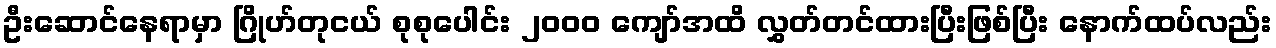
ဦးဆောင်နေရာမှာ ဂြိုဟ်တုငယ် စုစုပေါင်း ၂၀၀၀ ကျော်အထိ လွှတ်တင်ထားပြီးဖြစ်ပြီး နောက်ထပ်လည်း